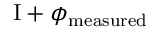
\mathrm { I } + \phi _ { \mathrm { m e a s u r e d } }